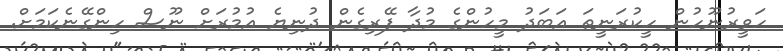
ހަވީރުނޫހުން ހީކުރަނީތަ އަބަދު މީހުންގެ މުދާ ފޭރިގެން ދުނިޔެ އުމުރަށް ނޫސް ހިންގޭނެކަމަށް.